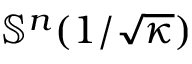
\mathbb { S } ^ { n } ( 1 / { \sqrt { \kappa } } )